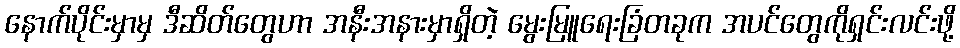
နောက်ပိုင်းမှာမှ ဒီဆိတ်တွေဟာ အနီးအနားမှာရှိတဲ့ မွေးမြူရေးခြံတခုက အပင်တွေကိုရှင်းလင်းဖို့